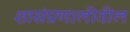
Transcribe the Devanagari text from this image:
शासंप्रणालीतील